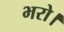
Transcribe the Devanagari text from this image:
भरो।